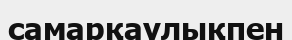
самарқаулықпен